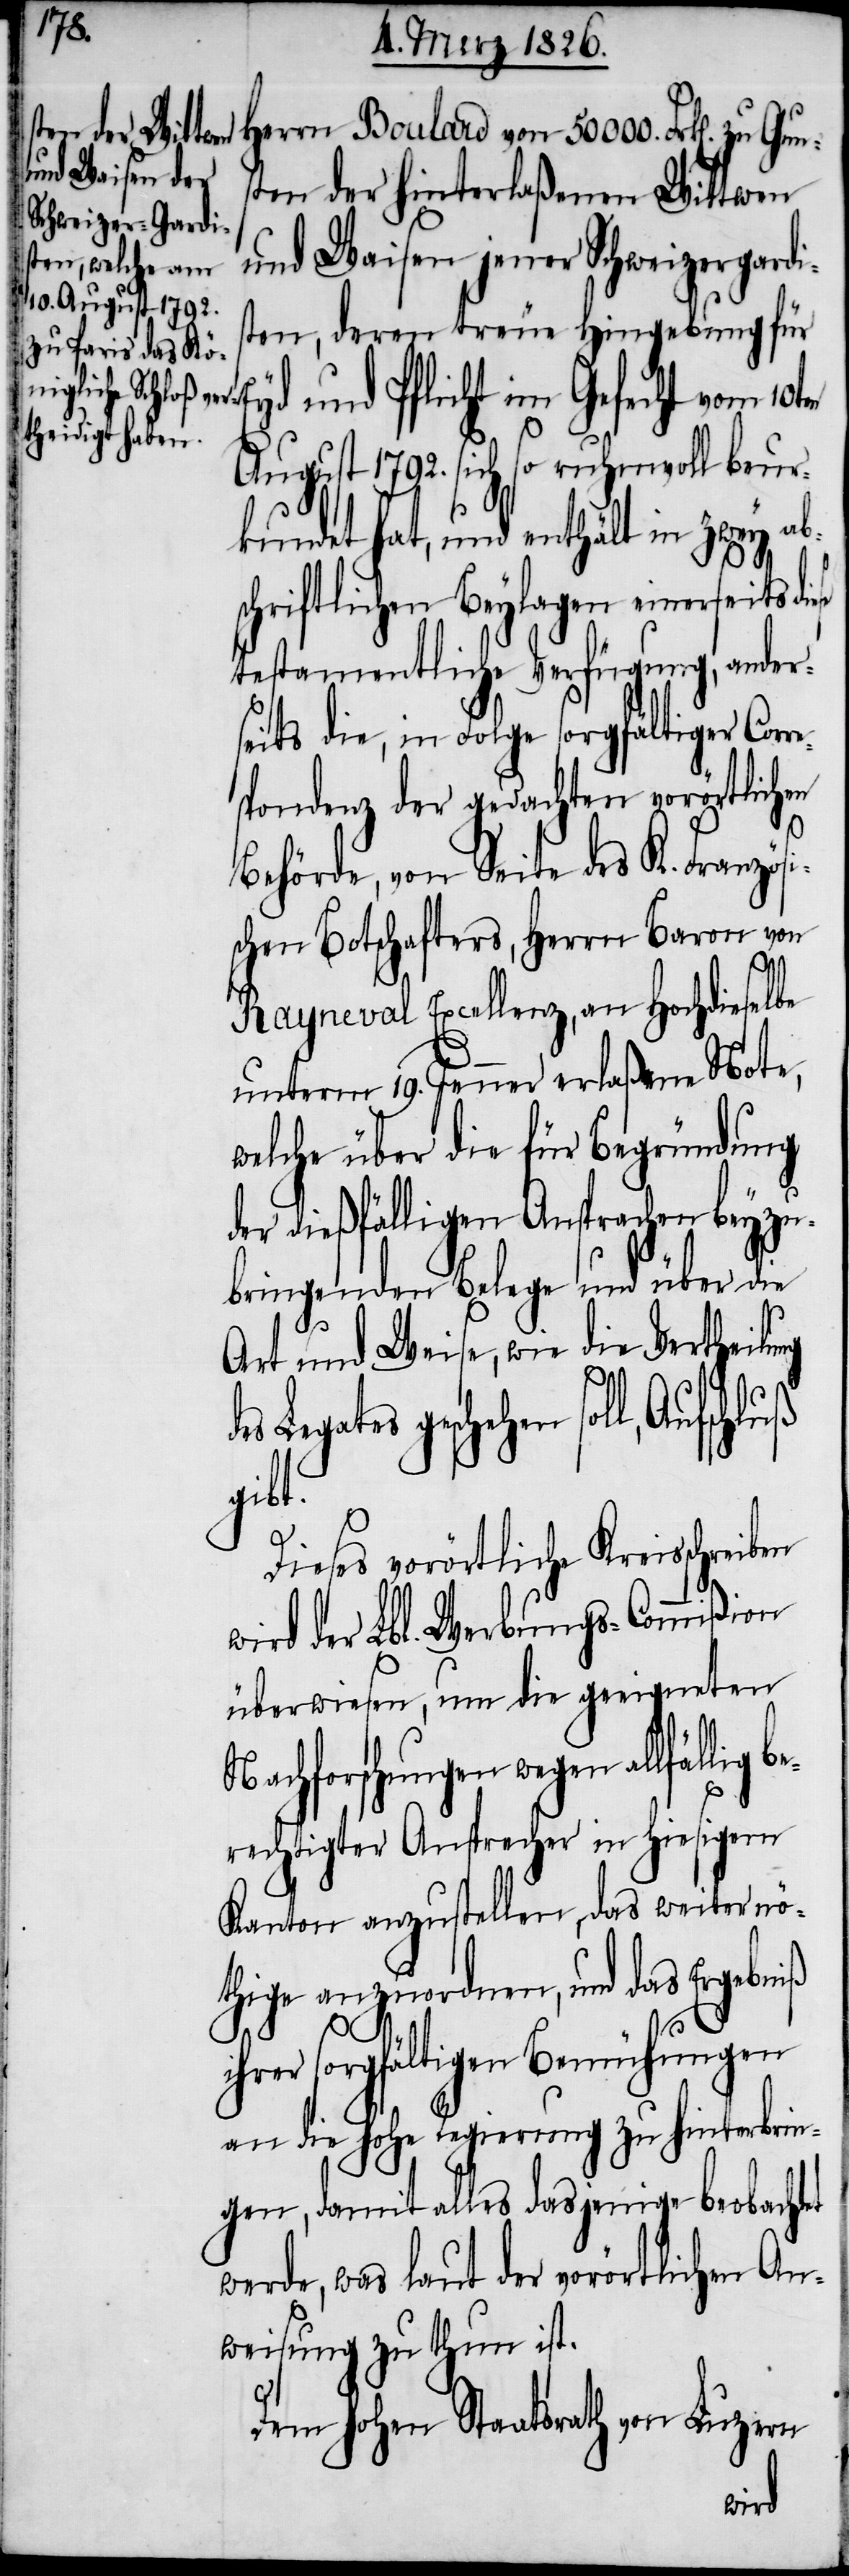
Herrn Boulard von 50 000 Frk[en]. zu
sten der hinterlaßenen Wittwen
und Waisen jener Schweizergardi¬
sten, deren treue Hingebung für
Eyd und Pflicht im Gefecht vom 10t¬
August 1792. sich so ruhmvoll beur¬
kundet hat, und enthält in zwey abs¬
chriftlichen Beylagen einerseits di¬
testamentliche Verfügung, ander¬
seits die, in Folge sorgfältiger Cor¬
spondenz der gedachten vorörtlichen
Behörde, von Seite des K. Franzö¬
schen Botschafters, Herrn Baron von
Lega¬
Rayneval Excellenz, an Hochdieselbe
unterm 19. Jenner erlaßene Note,
welche über die für Begründung
der dießfälligen Ansprachen beyzu¬
bringenden Belege und über die
des
Art und Weise, wie die Vertheilung
tes geschehen soll, Aufschluß
gibt.
Dieses vorörtliche Kreisschreiben
der Lbl. Werbungs-Commißion
überwiesen, um die geeigneten
Nachforschungen wegen allfällig
berechtigter Ansprecher in hiesigem
Kanton anzustellen, das weiter nö¬
thige anzuordnen, und das Ergebniß
i¬
hrer sorgfältigen Bemühungen
an die hohe Regierung zu hinterbrin¬
gen, damit alles dasjenige beobachtet
werde, was laut der vorörtlichen An¬
weisung zu thun ist.
Dem hohen Staatsrath von Luzern
wird